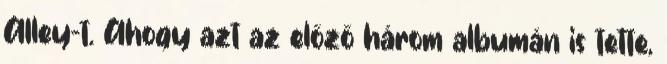
Alley-t. Ahogy azt az előző három albumán is tette,